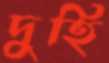
দুহি